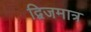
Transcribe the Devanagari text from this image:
द्विजमात्र